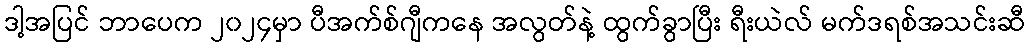
ဒါ့အပြင် ဘာပေက ၂၀၂၄မှာ ပီအက်စ်ဂျီကနေ အလွတ်နဲ့ ထွက်ခွာပြီး ရီးယဲလ် မက်ဒရစ်အသင်းဆီ